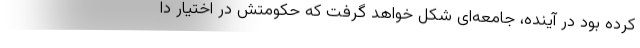
کرده بود در آینده، جامعه‌ای شکل خواهد گرفت که حکومتش در اختیار دا